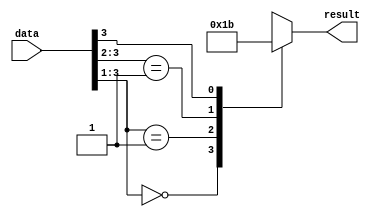
module casez_statement (
    input [3:0] data,
    output reg [1:0] result
);

always @*
begin
    casez(data)
        4'b000?: result = 2'b00; // if data is 000x, assign 00 to result
        4'b001?: result = 2'b01; // if data is 001x, assign 01 to result
        4'b01??: result = 2'b10; // if data is 01xx, assign 10 to result
        4'b1???: result = 2'b11; // if data is 1xxx, assign 11 to result
    endcase
end

endmodule